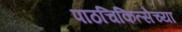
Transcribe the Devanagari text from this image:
पाठचिकित्सेच्या